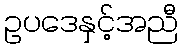
ဥပဒေနှင့်အညီ